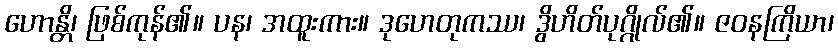
ဟောန္တိ၊ ဖြစ်ကုန်၏။ ပန၊ အထူးကား။ ဒုဟေတုကဿ၊ ဒွိဟိတ်ပုဂ္ဂိုလ်၏။ ဇဝနကြိယာ၊